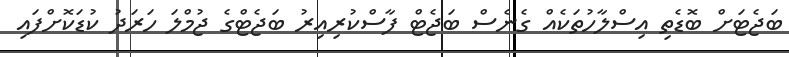
ބަޖެޓަށް ބޮޑެތި އިސްލާހުތަކެއް ގެނެސް ބަޖެޓް ފާސްކުރިއިރު ބަޖެޓްގެ ޖުމްލަ ހަރަދު ކުޑަކޮށްފައި